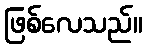
ဖြစ်လေသည်။